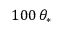
1 0 0 \, \theta _ { * }